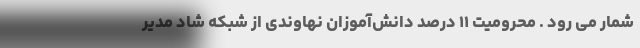
شمار می رود . محرومیت ۱۱ درصد دانش‌آموزان نهاوندی از شبکه شاد مدیر